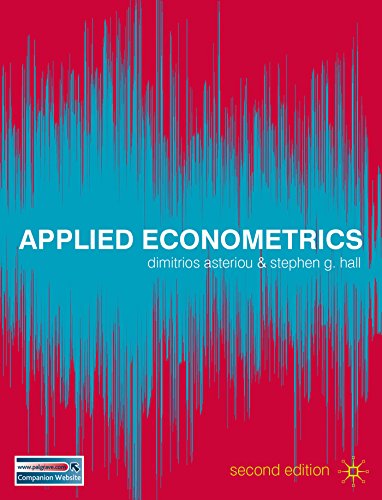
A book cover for Applied Econometrics; Dimitrios Asteriou; Business & Money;